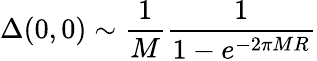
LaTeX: \Delta(0,0)\sim{\frac{1}{M}}{\frac{1}{1-e^{-2\pi MR}}}